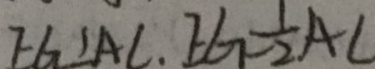
E G \bot A C . E G = \frac { 1 } { 2 } A C